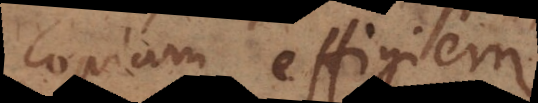
copiam, effigiem.